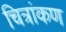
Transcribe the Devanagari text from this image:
चित्रांकण